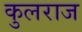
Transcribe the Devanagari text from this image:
कुलराज